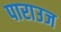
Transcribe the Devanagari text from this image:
पाराउज